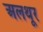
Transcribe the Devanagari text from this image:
अलथूर